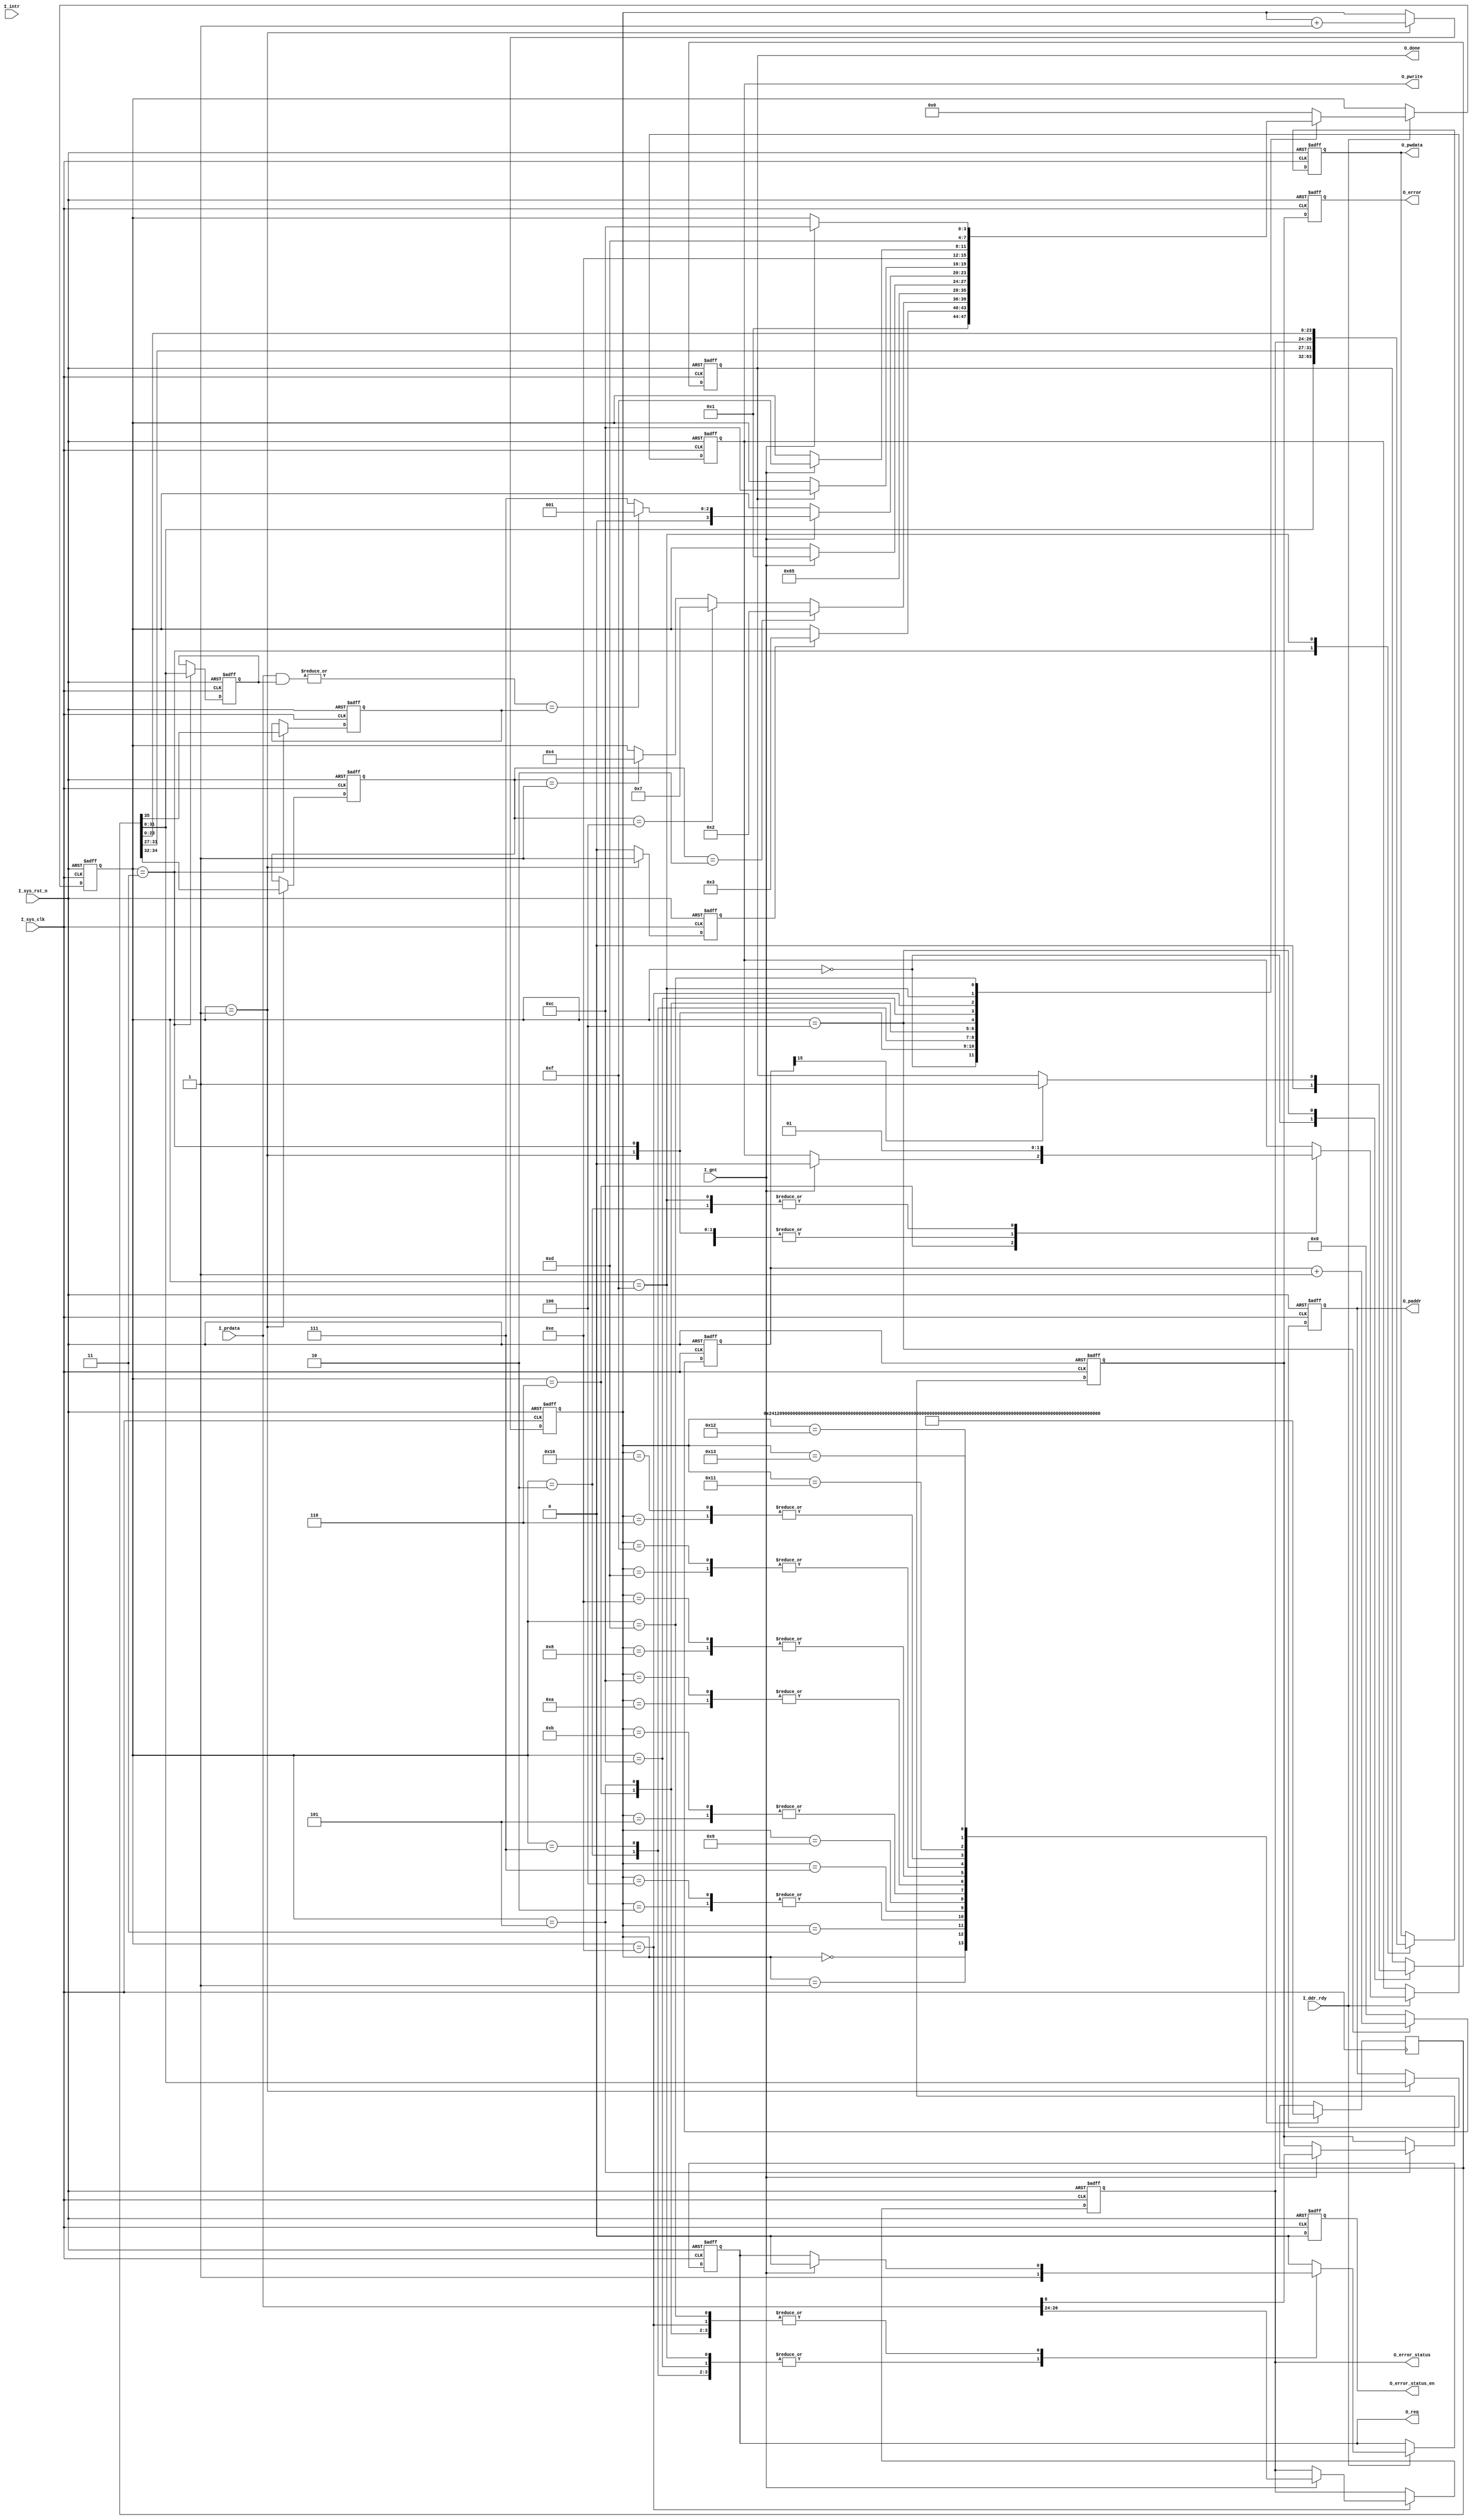
module check_ddr_cfg_done(
	input I_sys_clk,
	input I_sys_rst_n,
	input I_ddr_rdy,
	//
	output  [31:0]O_paddr,
	output  O_pwrite,
	output  O_req,
	output  [31:0]O_pwdata,
	input I_gnt,
	input [31:0]I_prdata,
	//
	output reg O_done,
	output reg O_error,
	input I_intr,
	output reg [2:0]O_error_status,
	output reg O_error_status_en 
);

`define BIT_FSM   4

reg [`BIT_FSM-1:0]  S_machine;
reg [35:0] S_q ;
parameter  reg32_00 = 32'h00000000 ;
parameter  reg32_04 = 32'h00000000 ;
parameter  reg32_3c = 32'h00000800 ;  //bit[1]: enable bist.   
parameter  reg32_D0 = 32'h01000000 ;  //bit[24], start bist..

//
//agdbg -jreg_r 4120924c 
//agdbg -jreg_r 4120924c
//echo ======   if (4120924c[8] = 1 and 4120924c[12] = 0), then BIST PASS.    ====== 

localparam IDLE     = `BIT_FSM'b0000;
localparam REQ_DATA = `BIT_FSM'b0001;
localparam ARBIT    = `BIT_FSM'b0011;
localparam REQ_WR   = `BIT_FSM'b0010;
localparam WR_DONE  = `BIT_FSM'b0110;
localparam REQ_RD   = `BIT_FSM'b0111;
localparam RD_DONE  = `BIT_FSM'b0101;
localparam REQ_DONE = `BIT_FSM'b0100;
localparam REQ_RECC  = `BIT_FSM'b1100;
localparam RECC_DONE = `BIT_FSM'b1110;
localparam REQ_WECC  = `BIT_FSM'b1111;
localparam WECC_DONE = `BIT_FSM'b1101;

reg [2:0]S_rd_ecc_cnt;
reg [15:0]S_wait_cnt;
//wire S_wait_done = ( S_wait_cnt == 0 );

`define EOP_FLAG    3'B001
`define WR_FLAG     3'B010
`define RD_FLAG     3'B100

reg rd_done;
reg [2:0]S_cmd_type ;
reg [31:0]S_cmd_addr,S_cmd_data;
reg [31:0]S_cmd_mask;
reg  S_cmd_write ;
reg  S_cmd_req ;

reg S_desire_result;

assign O_paddr  = S_cmd_addr ;
assign O_pwdata = S_cmd_data ;
assign O_pwrite = S_cmd_write ;
assign O_req    = S_cmd_req;

//localparam
wire S_check_result = ( (|( I_prdata & S_cmd_mask )) == S_desire_result ) ;

always @( posedge I_sys_clk or negedge I_sys_rst_n ) begin
	if( !I_sys_rst_n )S_machine <= IDLE;
	else
		if( I_ddr_rdy ) begin
			case ( S_machine )
				IDLE     : S_machine <= REQ_DATA ;
				REQ_DATA : S_machine <= ( rd_done ) ? ARBIT : S_machine ;
				ARBIT    : S_machine <= ( S_cmd_type ==  `WR_FLAG   ) ? REQ_WR :
				                        ( S_cmd_type ==  `RD_FLAG   ) ? REQ_RD :
				                        ( S_cmd_type ==  `EOP_FLAG  ) ? REQ_DONE : S_machine ;
				REQ_WR   : S_machine <= WR_DONE ;
				REQ_RD   : S_machine <= RD_DONE ;
				WR_DONE  : S_machine <= ( I_gnt ) ? REQ_DATA : S_machine ;
				RD_DONE  : S_machine <= ( I_gnt ) ? ( ( S_check_result ) ? REQ_DATA : REQ_RD )  : S_machine ;
				REQ_DONE : S_machine <= ( O_done ) ? REQ_RECC : S_machine ;
				REQ_RECC : S_machine <= RECC_DONE ;
				RECC_DONE: S_machine <= ( I_gnt ) ? REQ_WECC : S_machine ;
				REQ_WECC : S_machine <= WECC_DONE ;
				WECC_DONE: S_machine <= ( I_gnt ) ? REQ_RECC : S_machine ;
				default  : S_machine <= IDLE;
			endcase
		end
end

always @( posedge I_sys_clk or negedge I_sys_rst_n ) begin
	if( !I_sys_rst_n ) S_cmd_write <= 'b0;
	else
		if( I_ddr_rdy ) begin 
			case ( S_machine )
				IDLE     : S_cmd_write <= 'b0 ;
				REQ_DATA : S_cmd_write <= 'b0 ;
				ARBIT    : S_cmd_write <= 'b0 ;
				REQ_WR   : S_cmd_write <= 'b1 ;
				REQ_RD   : S_cmd_write <= 'b0 ;
				WR_DONE  : S_cmd_write <= ( I_gnt ) ? 1'b0 : S_cmd_write ;
				RD_DONE  : S_cmd_write <= 'b0 ;
				REQ_DONE : S_cmd_write <= 'b0 ;
				REQ_RECC : S_cmd_write <= 'b0 ;
				REQ_WECC : S_cmd_write <= 'b1 ;
				default  : S_cmd_write <= S_cmd_write ;
			endcase
	end
end

always @( posedge I_sys_clk or negedge I_sys_rst_n ) begin 
	if( !I_sys_rst_n ) S_cmd_req <= 1'b0;
	else
		if( I_ddr_rdy ) begin
			case ( S_machine )
				IDLE     : S_cmd_req <= 1'b0 ; 
				REQ_DATA : S_cmd_req <= 1'b0 ; 
				ARBIT    : S_cmd_req <= 1'b0 ; 
				REQ_WR   : S_cmd_req <= 1'b1 ; 
				REQ_RD   : S_cmd_req <= 1'b1 ; 
				WR_DONE  : S_cmd_req <= ( I_gnt ) ? 1'b0 : S_cmd_req ; 
				RD_DONE  : S_cmd_req <= ( I_gnt ) ? 1'b0 : S_cmd_req ; 
				REQ_DONE : S_cmd_req <= 1'b0 ;
				REQ_RECC : S_cmd_req <= 1'b1 ;
				REQ_WECC : S_cmd_req <= 1'b1 ; 
				RECC_DONE: S_cmd_req <= ( I_gnt ) ? 1'b0 : S_cmd_req ; 
				WECC_DONE: S_cmd_req <= ( I_gnt ) ? 1'b0 : S_cmd_req ; 
				default  : S_cmd_req <= 1'b0 ; 
			endcase
		end
end

always @( posedge I_sys_clk or negedge I_sys_rst_n ) begin 
	if( !I_sys_rst_n ) rd_done <= 1'b0 ; 
	else
		case ( S_machine )
			REQ_DATA : rd_done <= 1'b1 ; 
			default : rd_done <= 1'b0 ; 
		endcase
end

always @( posedge I_sys_clk or negedge I_sys_rst_n ) begin
	if( !I_sys_rst_n ) S_cmd_type <= `EOP_FLAG;
	else
		case ( S_machine )
			REQ_DATA : S_cmd_type <= S_q[34:32] ;
			default : S_cmd_type <= S_cmd_type ;
		endcase
end

always @( posedge I_sys_clk or negedge I_sys_rst_n ) begin
	if( !I_sys_rst_n ) S_cmd_addr <= 'B0;
	else 
		case ( S_machine )
			REQ_DATA : S_cmd_addr <= S_q[31:0] ;			
			default : S_cmd_addr <= S_cmd_addr ;
		endcase
end

always @( posedge I_sys_clk or negedge I_sys_rst_n ) begin
	if( !I_sys_rst_n ) S_cmd_data <= 'B0 ;
	else
		case ( S_machine )
			ARBIT   : S_cmd_data <= S_q[31:0]  ;
			REQ_WECC: S_cmd_data <= { S_q[31:27],O_error_status, S_q[23:0] }  ;
			default : S_cmd_data <= S_cmd_data ;
		endcase
end

always @( posedge I_sys_clk or negedge I_sys_rst_n ) begin
	if( !I_sys_rst_n ) S_cmd_mask <= 'B0 ;
	else 
		case ( S_machine )
			ARBIT  : S_cmd_mask <= S_q[31:0]  ;
			default: S_cmd_mask <= S_cmd_mask ;
		endcase
end

always @( posedge I_sys_clk or negedge I_sys_rst_n ) begin
	if( !I_sys_rst_n ) S_desire_result <= 'B0 ;
	else
		case ( S_machine )
			ARBIT   : S_desire_result <= S_q[35]  ;
			default: S_desire_result <= S_desire_result ;
		endcase
end

`define SUM_STEP_WIDTH   5 
reg [`SUM_STEP_WIDTH-1:0]S_data_cnt ;
always @( posedge I_sys_clk or negedge I_sys_rst_n ) begin
	if( !I_sys_rst_n ) S_data_cnt <= { `SUM_STEP_WIDTH {1'B0} } ;
	else
		case ( S_machine )
			REQ_DATA : S_data_cnt <= S_data_cnt + 1 ;
			default : S_data_cnt <= S_data_cnt ;
		endcase
		end

always @( posedge I_sys_clk ) begin
	case ( S_data_cnt )
		//DDR23 controller
		// r_ddr_mode = bit[1:0], 00: DDR3, 01: DDR2, 11: LPDDR2.
		// r_bl4 = bit[2], 0: BL8, 1: BL4.
		// r_refresh_en=bit[4],
		// r_refresh_dis = bit[5].
		// r_pd_enable= bit[6].
		// r_col_addr_width = bit[9:8]
		//       00 : DRAM Column address 10bits.
		//       01 : DRAM Column address 11bits.
		//       10 : DRAM Column address 12bits.
		//       11 : DRAM Column address 9bits.
		// r_4bank = bit[10], 0: DRAM 8 Banks, 1: DRAM 4 banks.
		// r_ecc_enable = bit[11],
		// r_rstctl_rst2cke = bit[31:12] 
		`SUM_STEP_WIDTH'd0 : S_q <= { 1'B0, `WR_FLAG ,32'H41209000 };  //enable ddr23 controller.
		`SUM_STEP_WIDTH'd1 : S_q <= { 4'H0, { reg32_00[31:1] , 1'b1 } }; //Enable DDR23Ctrl=bit[0],
		`SUM_STEP_WIDTH'd2 : S_q <= { 1'B0, `RD_FLAG ,32'H4120906c };  //read only register,
		`SUM_STEP_WIDTH'd3 : S_q <= { 4'H8, 32'H40000000 };//waiting for MRS Command is DONE ...
		`SUM_STEP_WIDTH'd4 : S_q <= { 1'B0, `RD_FLAG ,32'H4120906c };  //read only register,
		`SUM_STEP_WIDTH'd5 : S_q <= { 4'H8, 32'H80000000 };//waiting for DFI_INIT_COMPLETE signal from PHY is DONE,
		`SUM_STEP_WIDTH'd6 : S_q <= { 1'B0, `WR_FLAG ,32'H4120903C };  //enable bist
		`SUM_STEP_WIDTH'd7 : S_q <= { 4'H0, { reg32_3c[31:2] , 1'b1, reg32_3c[0] } }; //Enable bist = bit[1],
		`SUM_STEP_WIDTH'd8 : S_q <= { 1'B0, `WR_FLAG ,32'H412090D0 };  //start bist
		`SUM_STEP_WIDTH'd9 : S_q <= { 4'H0, 32'H01000000 }; // start bist = bit[24],
		`SUM_STEP_WIDTH'd10 : S_q <= { 1'B0, `RD_FLAG ,32'H4120924c };  //read only register,
		`SUM_STEP_WIDTH'd11 : S_q <= { 4'H8, 32'H80000000 };// BIST FINISH = BIT[31]; BIST OK = bit[8], 1: OK, 0: Fail,
		`SUM_STEP_WIDTH'd12 : S_q <= { 1'B0, `RD_FLAG ,32'H4120924c };  //read only register,
//		`SUM_STEP_WIDTH'd13 : S_q <= { 4'H8, 32'H00000100 }; // BIST OK = bit[8], 1: OK, 0: Fail,
		`SUM_STEP_WIDTH'd13 : S_q <= { 4'H0, 32'H00000000 }; // BIST OK = bit[8], 1: OK, 0: Fail,
		`SUM_STEP_WIDTH'd14 : S_q <= { 1'B0, `WR_FLAG ,32'H412090D0 };  //start bist
		`SUM_STEP_WIDTH'd15 : S_q <= { 4'H0, 32'H00000000 }; // start bist = bit[24],
		`SUM_STEP_WIDTH'd16 : S_q <= { 1'B0, `WR_FLAG ,32'H4120903C };  //enable bist 
		`SUM_STEP_WIDTH'd17 : S_q <= { 4'H0, { reg32_3c[31:27] ,3'b111,reg32_3c[23:2], 1'b0, reg32_3c[0] } }; //Enable bist = bit[1], 0: normal ; 
		`SUM_STEP_WIDTH'd18 : S_q <= { 1'B0, `EOP_FLAG,32'H4120903C }; //End Config.
		`SUM_STEP_WIDTH'd19 : S_q <= { 4'H0, { reg32_3c[31:27],3'B000, reg32_3c[23:0] } };//
	endcase
end


always @( posedge I_sys_clk or negedge I_sys_rst_n ) begin
	if( !I_sys_rst_n ) O_done <= 1'b0 ;
	else
		case ( S_machine )
		    IDLE     : O_done <= 1'b0 ;
			REQ_DONE : O_done <= ( S_wait_cnt[15] ) ? 1'b1 : O_done ;
			default : O_done <= O_done ;
		endcase	
end

reg S_error;
always @( posedge I_sys_clk or negedge I_sys_rst_n ) begin
	if( !I_sys_rst_n ) S_error <= 1'b0 ;
	else
		case ( S_machine )
			RD_DONE : S_error <= ( I_gnt ) ? I_prdata[8] : S_error ;
		endcase
end

always @( posedge I_sys_clk or negedge I_sys_rst_n ) begin
	if( !I_sys_rst_n ) O_error <= 1'b0 ;
	else  O_error <= S_error ;
end

always @( posedge I_sys_clk or negedge I_sys_rst_n ) begin
	if( !I_sys_rst_n ) S_wait_cnt <= 'b0 ;
	else
		case ( S_machine )
			REQ_DONE : S_wait_cnt <= S_wait_cnt + 1'b1 ;
			default : S_wait_cnt <= 'b0 ;
		endcase	
end

//always @( posedge I_sys_clk or negedge I_sys_rst_n ) begin
//	if( !I_sys_rst_n ) S_rd_ecc_cnt <= 'b0 ;
//	else
//		case ( S_machine )
//			REQ_DONE : S_rd_ecc_cnt <= S_rd_ecc_cnt + 1'b1 ;
//			default : S_rd_ecc_cnt <= 'b0 ;
//		endcase	
//end



//O_ecc_status,
//O_ecc_status_en 
always @( posedge I_sys_clk or negedge I_sys_rst_n ) begin
	if( !I_sys_rst_n ) O_error_status <= 'b0 ;
	else
		case ( S_machine )
			RECC_DONE: O_error_status <= ( I_gnt ) ? I_prdata[26:24] : O_error_status ;
			default : O_error_status <= O_error_status ;
		endcase	
end

always @( posedge I_sys_clk or negedge I_sys_rst_n ) begin
	if( !I_sys_rst_n ) O_error_status_en <= 'b0 ;
	else
		case ( S_machine )
			RECC_DONE : O_error_status_en <= ( I_gnt & reg32_04[11] ) ;
			default   : O_error_status_en <= 'b0 ;
		endcase	
end

	
endmodule